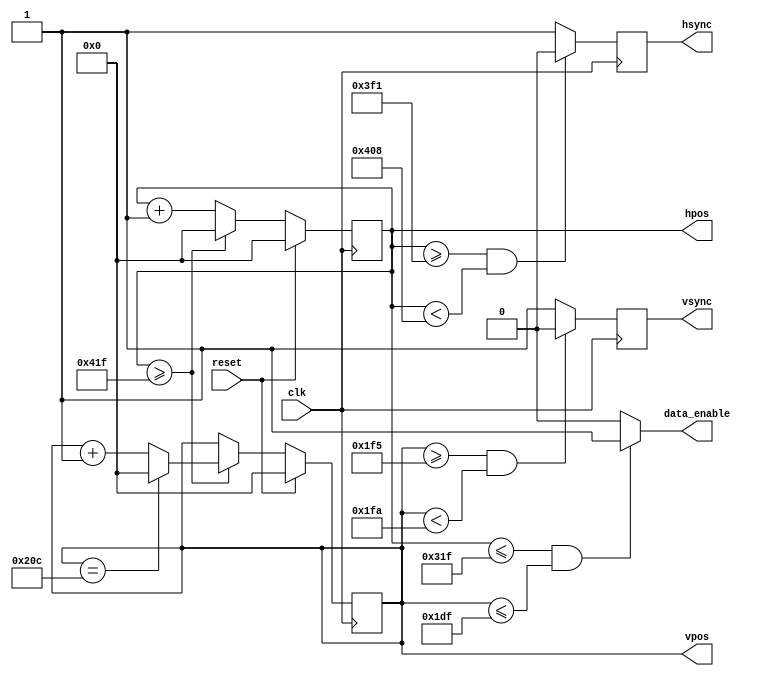
module hvsync(clk, reset, data_enable, hsync, vsync, hpos, vpos);
input clk;
input reset;
output data_enable;
output reg hsync;
output reg vsync;
output reg [11:0] hpos;
output reg [11:0] vpos;

//horizontal parameters
parameter HDISPLAY = 800;
parameter HFRONT = 210;
parameter HSPULSE = 23;
parameter HTOTAL = 1056;
parameter HBACK = HTOTAL - HDISPLAY - HFRONT - HSPULSE; //23

//vertical parameters
parameter VDISPLAY = 480;
parameter VBOTTOM = 22;
parameter VSPULSE = 5;
parameter VTOTAL = 525;
parameter VTOP =  VTOTAL - VSPULSE - VBOTTOM - VDISPLAY; //18

//timings
parameter HA_END = HDISPLAY - 1;
parameter HS_STA = HA_END + HFRONT; //horizontal sync starts (negative polarity)
parameter HS_END = HS_STA + HSPULSE; //horizontal sync ends
parameter LINE = HTOTAL - 1;

parameter VA_END = VDISPLAY - 1;
parameter VS_STA = VA_END + VBOTTOM; //vertical sync starts
parameter VS_END = VS_STA + VSPULSE; //vertical sync ends
parameter SCREEN = VTOTAL - 1; 


always @(posedge clk)
begin
	hsync <= (hpos>= HS_STA && hpos< HS_END) ? 0 : 1;
	vsync <= (vpos>= VS_STA && vpos< VS_END) ? 0 : 1;
if(hpos >= LINE)
begin
	hpos<= 12'd0;
	vpos<= (vpos == SCREEN) ? 12'd0 : vpos + 12'd1;
end

else 
begin
	hpos <= hpos + 12'd1;
end

if(reset) begin
	hpos <= 12'd0;
	vpos <= 12'd0;
end
end

	assign data_enable = (hpos<= HA_END && vpos<= VA_END) ? 1 : 0;

endmodule